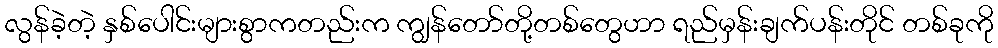
လွန်ခဲ့တဲ့ နှစ်ပေါင်းများစွာကတည်းက ကျွန်တော်တို့တစ်တွေဟာ ရည်မှန်းချက်ပန်းတိုင် တစ်ခုကို